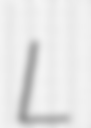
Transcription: L